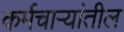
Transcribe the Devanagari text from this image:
कर्मचार्‍यांतील